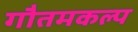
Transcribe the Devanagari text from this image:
गौतमकल्प